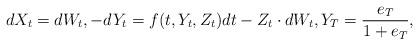
LaTeX: \begin{align*}dX_t = dW_t, -dY_t = f(t,Y_t,Z_t) dt - Z_t \cdot dW_t, Y_T = \frac{e_T}{1 +e_T},\end{align*}